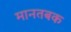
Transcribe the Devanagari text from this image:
मानतबक